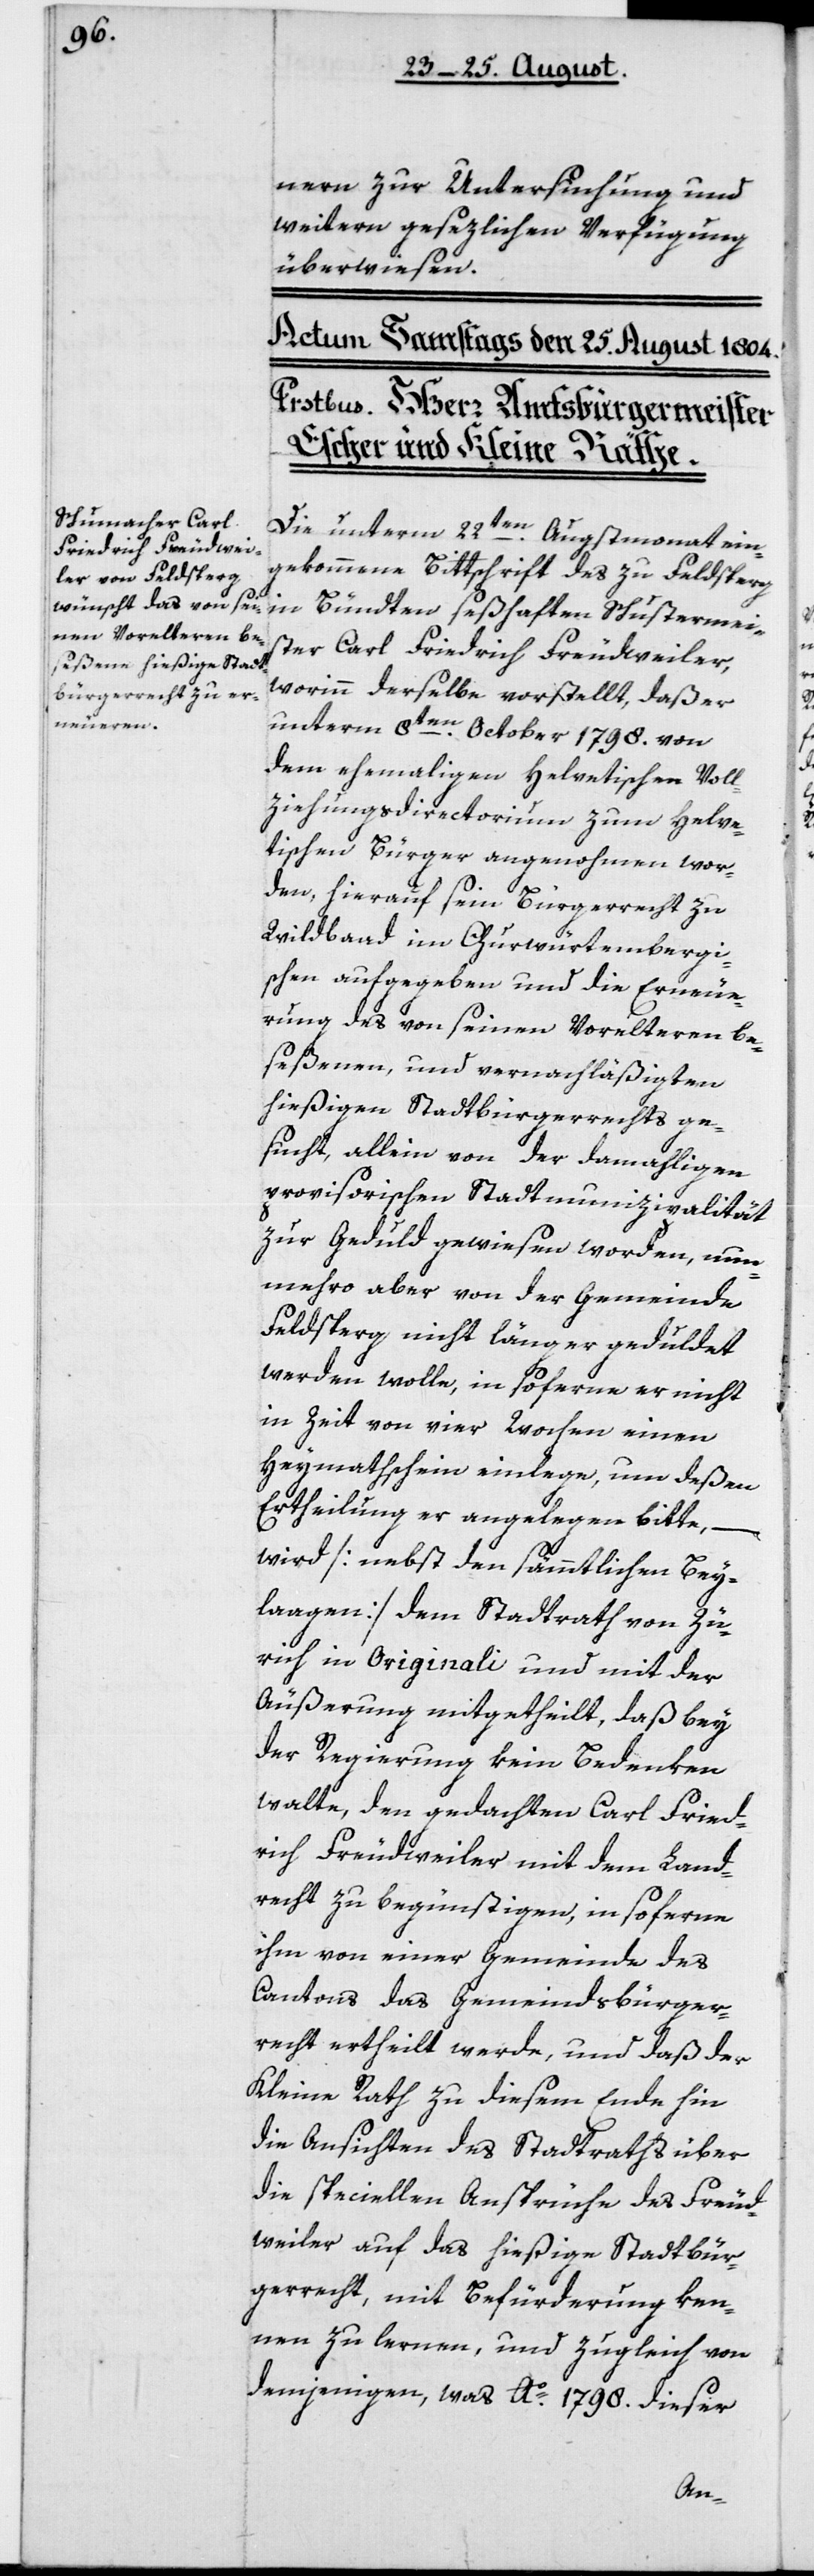
nern zur Untersuchung und
weitern gesezlichen Verfügung
überwiesen.
Die unterm 22ten Augstmonat ein¬
gekommene Bittschrift des zu Feldberg
in Bündten seßhaften Schustermei¬
ster Carl Friedrich Freudweiler,
worinn derselbe vorstellt, daß er
unterm 8ten October 1798 von
dem ehemaligen helvetischen Voll¬
ziehungsdirectorium zum Helve¬
tischen Bürger angenohmen wor¬
den, hierauf sein Bürgerrecht zu
Wildbaad im Churwürtembergi¬
schen aufgegeben und die Erneue¬
rung des von seinen Voreltern be¬
seßenen und vernachläßigten
hießigen Stadtbürgerrechts ge¬
sucht, allein von der damahligen
provisorischen Stadtmunizipalität
zur Geduld gewiesen worden, nun¬
mehro aber von der Gemeinde
Feldberg nicht länger geduldet
werden wolle, in soferne er nicht
in Zeit von vier Wochen einen
Heymatschein einlege, um deßen
Ertheilung er angelegen bitte,
wird [nebst den sämmtlichen Bey¬
lagen] dem Stadtrath von Zü¬
rich in Originali und mit der
der Regierung kein Bedenken
walte, den gedachten Carl Fried¬
rich Freudweiler mit dem Land¬
recht zu begünstigen, in soferne
ihm von einer Gemeinde des
Cantons das Gemeindsbürger¬
recht ertheilt werde, und daß der
Kleine Rath zu diesem Ende hin
die Ansichten des Stadtraths über
die speciellen Ansprüche des Freud¬
weiler auf das hießige Stadtbür¬
gerrecht, mit Befürderung ken¬
nen zu lernen, und zugleich von
demjenigen, was Ao. 1798 dieser